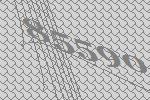
85590